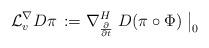
LaTeX: \begin{align*}\mathcal L^{\nabla}_v D \pi \,:= \nabla^H_{\frac{\partial}{\partial t}}\; D (\pi \circ \Phi)\;\big|_0 \end{align*}